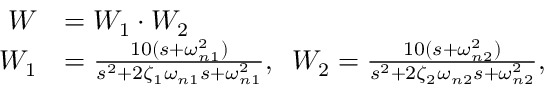
\begin{array} { r l } { W } & { = W _ { 1 } \cdot W _ { 2 } } \\ { W _ { 1 } } & { = \frac { 1 0 ( s + \omega _ { n 1 } ^ { 2 } ) } { s ^ { 2 } + 2 \zeta _ { 1 } \omega _ { n 1 } s + \omega _ { n 1 } ^ { 2 } } , \; \; W _ { 2 } = \frac { 1 0 ( s + \omega _ { n 2 } ^ { 2 } ) } { s ^ { 2 } + 2 \zeta _ { 2 } \omega _ { n 2 } s + \omega _ { n 2 } ^ { 2 } } , } \end{array}